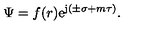
\Psi = f ( r ) \mathrm { e } ^ { \mathrm { j } ( \pm \sigma + m \tau ) } .